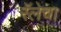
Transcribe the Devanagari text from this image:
रॅलेचा